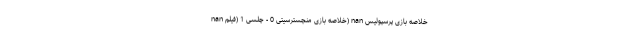
nan خلاصه بازی منچسترسیتی 0 - چلسی 1 (فیلم) nan خلاصه بازی پرسپولیس